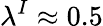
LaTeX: \lambda^{I}\approx 0.5